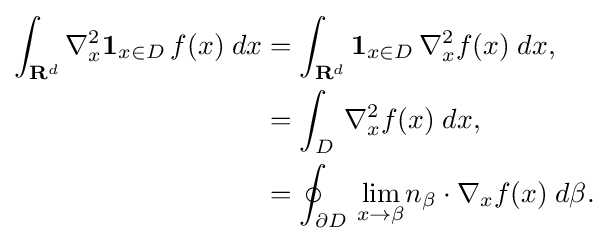
{\begin{aligned}\int _{\mathbf {R} ^{d}}\nabla _{x}^{2}\mathbf {1} _{x\in D}\,f(x)\;dx&=\int _{\mathbf {R} ^{d}}\mathbf {1} _{x\in D}\,\nabla _{x}^{2}f(x)\;dx,\\&=\int _{D}\,\nabla _{x}^{2}f(x)\;dx,\\&=\oint _{\partial D}\,{\underset {x\to \beta }{\lim }}n_{\beta }\cdot \nabla _{x}f(x)\;d\beta .\end{aligned}}